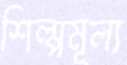
শিল্পমূল্য